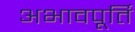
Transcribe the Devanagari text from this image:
अभावपूर्ति